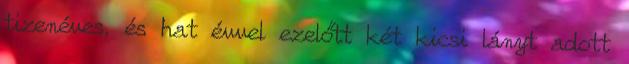
tizenéves, és hat évvel ezelőtt két kicsi lányt adott